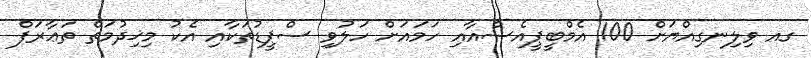
ގއ ވިލިނގިއްޔަށް 100 އެމްބީޕީއެސްއާއި ހަމައަށް ހަލުވި ސްޕީޑުތަކާއި އެކު މިޚިދުމަތް ތަޢާރަފް